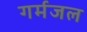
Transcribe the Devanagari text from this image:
गर्मजल